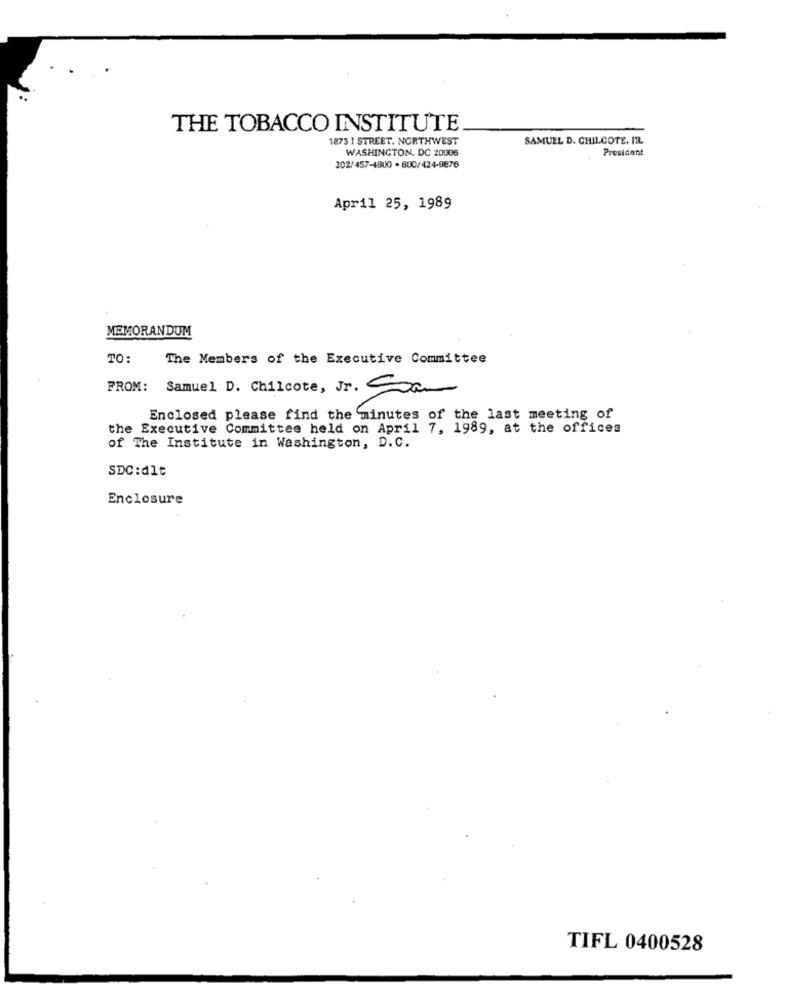
THE TOBACCO INSTITUTE
1875 1 STREET. NORTHWEST
SAMUEL D. CHILCOTE. IR.
WASHINGTON, DC 20006
President
202/457-4800 - 800/424-9876
April 25, 1989
MEMORANDUM
TO:
The Members of the Executive Committee
FROM: Samuel D. Chilcote, Jr. Sam
Enclosed please find the minutes of the last meeting of
the Executive Committee held on April 7, 1989, at the offices
of The Institute in Washington, D.C.
SDC:dlt
Enclosure
TIFL 0400528